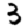
Digit: 3